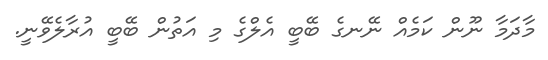
މާދަމާ ނޫން ކަމެއް ނޭނގެ ބޭބީ އެލްގެ މި އަތުން ބޭބީ އުރާލެވޭނީ.